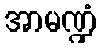
အာမဏ္ဍံ